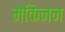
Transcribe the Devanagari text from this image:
मेकिनन